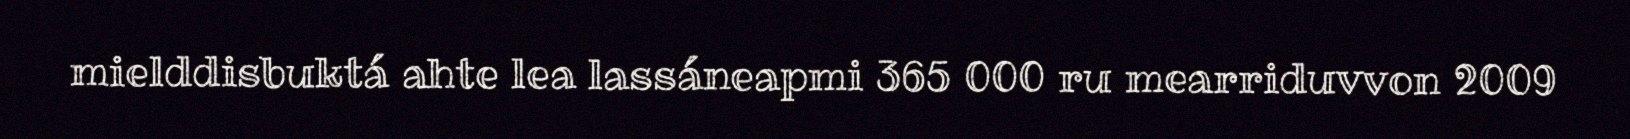
mielddisbuktá ahte lea lassáneapmi 365 000 ru mearriduvvon 2009